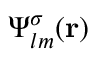
\boldsymbol { \Psi } _ { l m } ^ { \sigma } ( { \bf r } )